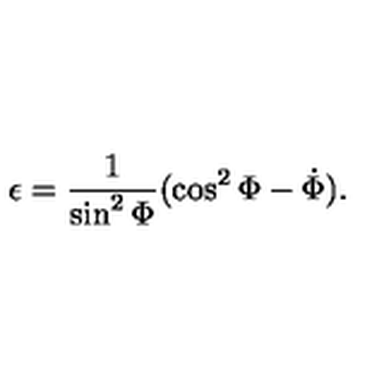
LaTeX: \epsilon = \frac { 1 } { \sin ^ { 2 } \Phi } ( \cos ^ { 2 } \Phi - \dot { \Phi } ) .